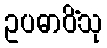
ဥပဓာဝိံသု